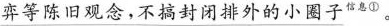
\underline{弈等陈旧观念，不搞封闭排外的小圈子^{信息①}。}